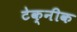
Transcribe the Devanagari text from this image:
टेक्नीक